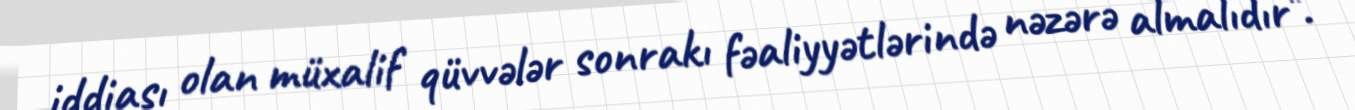
iddiası olan müxalif qüvvələr sonrakı fəaliyyətlərində nəzərə almalıdır".